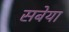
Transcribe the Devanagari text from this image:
सबेया